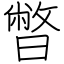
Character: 暼